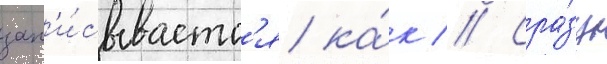
зап'и́сываетс'я ка́к // Сра́зу